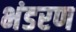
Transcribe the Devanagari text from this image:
भंडरण